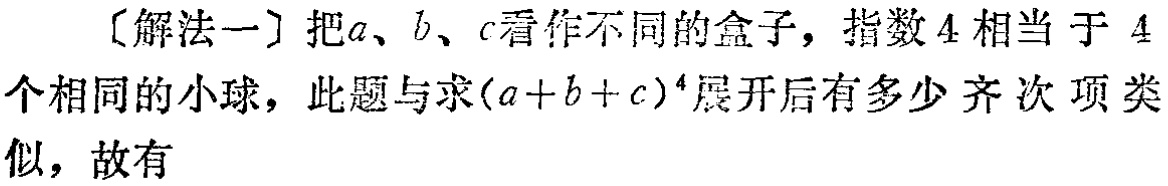
〔解法一〕把\(a\)、\(b\)、\(c\)看作不同的盒子，指数\(4\)相当于 \(4\)个相同的小球，此题与求\((a + b + c)^{4}\)展开后有多少齐次项类似，故有